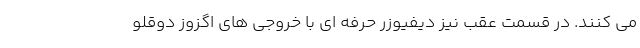
می کنند. در قسمت عقب نیز دیفیوزر حرفه ای با خروجی های اگزوز دوقلو